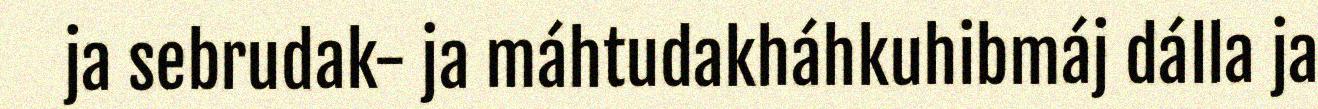
ja sebrudak- ja máhtudakháhkuhibmáj dálla ja